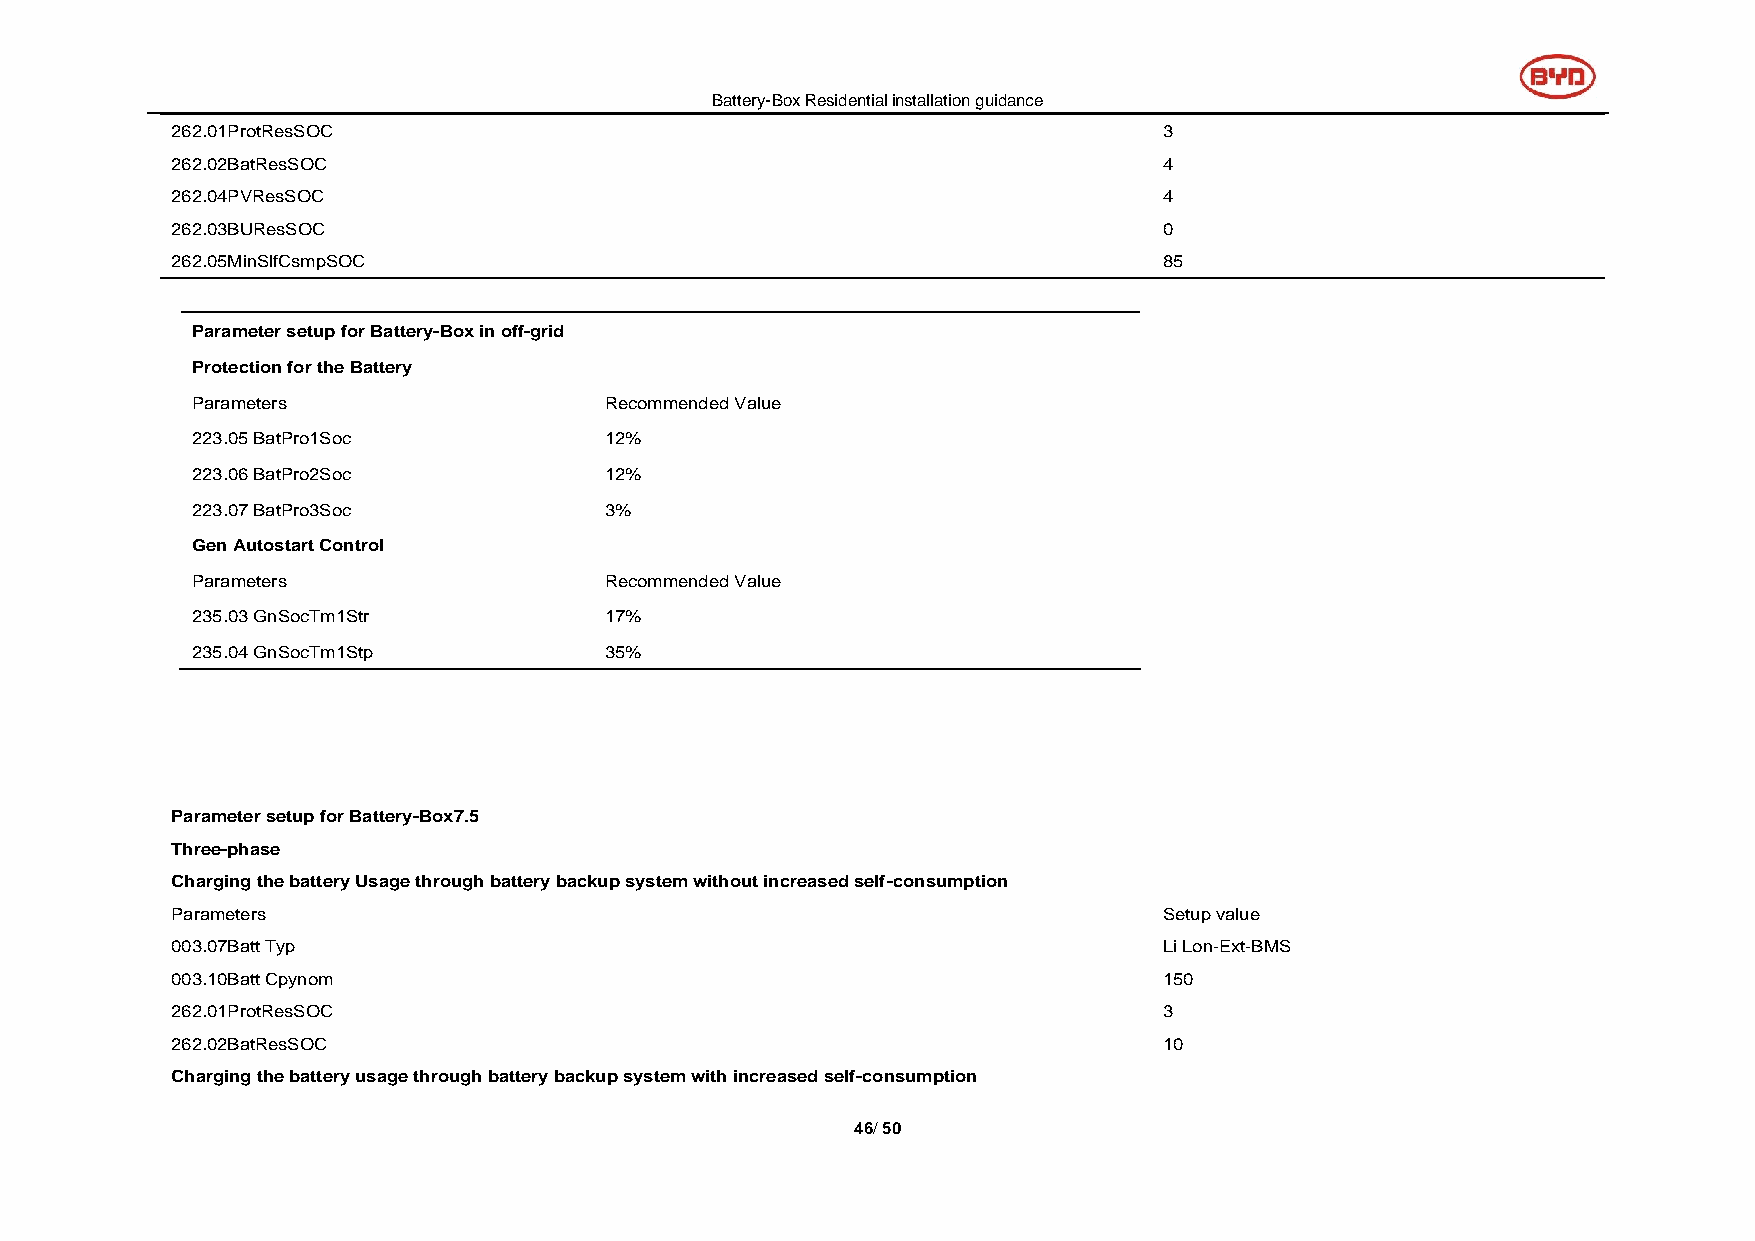
Battery-Box Residential installation guidance
 262.01ProtResSOC                                                  3
 262.02BatResSOC                                                   4
 262.04PVResSOC                                                    4
 262.03BUResSOC                                                    0
 262.05MinSlfCsmpSOC                                               85
 Parameter setup for Battery-Box in off-grid
 Protection for the Battery
 Parameters                 Recommended Value
 223.05 BatPro1Soc          12%
 223.06 BatPro2Soc          12%
 223.07 BatPro3Soc          3%
 Gen Autostart Control
 Parameters                 Recommended Value
 235.03 GnSocTm1Str         17%
 235.04 GnSocTm1Stp         35%
 Parameter setup for Battery-Box7.5
 Three-phase
 Charging the battery Usage through battery backup system without increased self-consumption
 Parameters                                                        Setup value
 003.07Batt Typ                                                    Li Lon-Ext-BMS
 003.10Batt Cpynom                                                 150
 262.01ProtResSOC                                                  3
 262.02BatResSOC                                                   10
 Charging the battery usage through battery backup system with increased self-consumption
 46/ 50